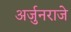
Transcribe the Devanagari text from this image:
अर्जुनराजे